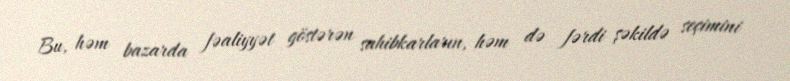
Bu, həm bazarda fəaliyyət göstərən sahibkarların, həm də fərdi şəkildə seçimini